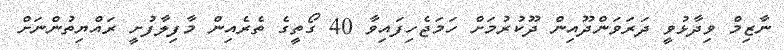
ނާޒިމް ވިދާޅުވީ ދަރަވަންދޫއިން ދޫކުރުމަށް ހަމަޖެހިފައިވާ 40 ގޯތީގެ ތެރެއިން މާފިލާފުށީ ރައްޔިތުންނަށް